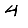
Digit: 4